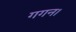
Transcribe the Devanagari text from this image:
गगन।